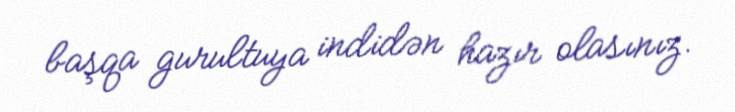
başqa gurultuya indidən hazır olasınız.